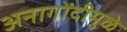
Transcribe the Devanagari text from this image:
अनागोंदीमुळे